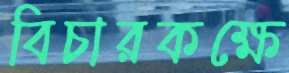
বিচারকক্ষে